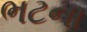
ભટના